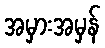
အမှားအမှန်